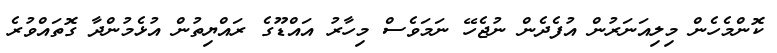
ކޮންމެހެން މިލިއަނަރުން އުފެދެން ނުޖެހޭ ނަމަވެސް މިހާރު އައްޑޫގެ ރައްޔިތުން އުޅެމުންދާ ގޮތައްވުރެ